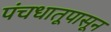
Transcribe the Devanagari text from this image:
पंचधातूपासून